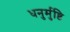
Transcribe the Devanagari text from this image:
धनुर्मुष्टि